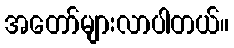
အတော်များလာပါတယ်။